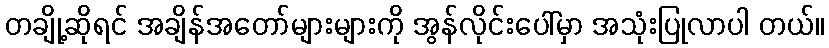
တချို့ဆိုရင် အချိန်အတော်များများကို အွန်လိုင်းပေါ်မှာ အသုံးပြုလာပါ တယ်။